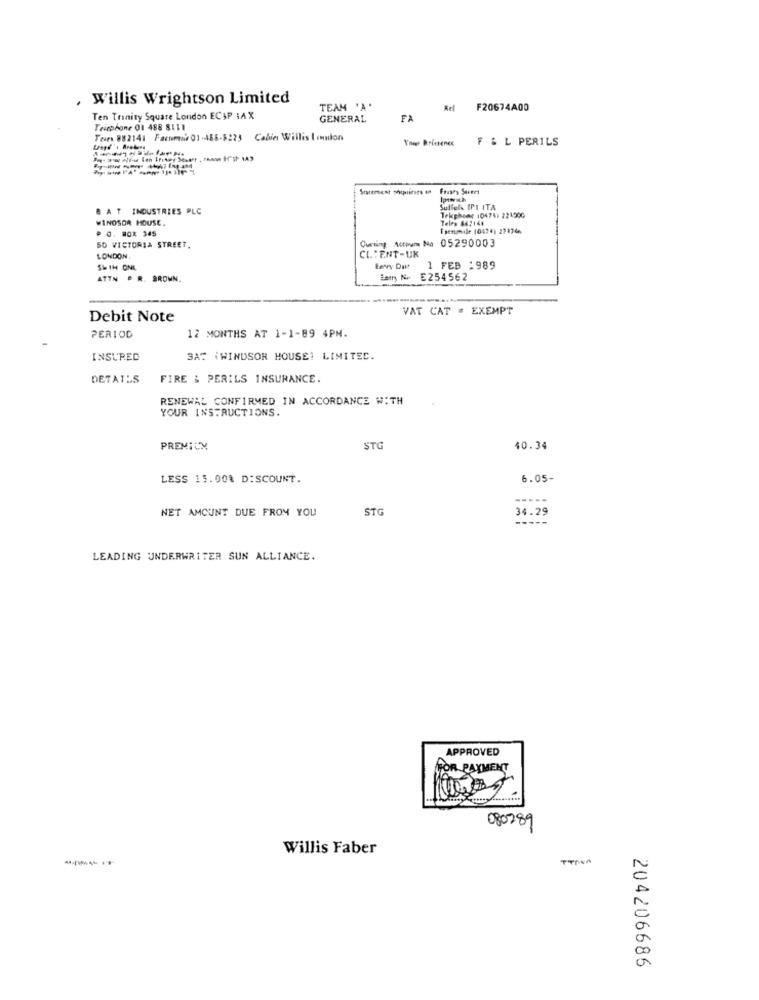
Willis Wrightson Limited
TEAM 'A'
Rel
F20674A00
Ten Trinity Square London ECSP :A X
GENERAL
FA
Triephone 01 488 8111
Tesex 882141 Facmis 01-488-5223 Cabin Willis Iennion
Yough Drietenex
F & L PERILS
Frases Seenes
B AT INDUSTRIES PLC
Sudfel IPI ITA
WINDSOR HOUSE,
Teles 842148
Tekphone 10474: 221900
. J. 80X 345
Esenmile (0474) 22 1746
Cumming Action No 05290003
50 VICTORIA STREET.
LONDON,
CL: ENT-UK
SHIH ONE
1 FEB :989
ATTN . R. BROWN.
Som No E254562
VAT CAT - EXEMPT
Debit Note
PERIOD
12 MONTHS AT 1-1-89 4PM.
INSURED
3A% (WINDSOR HOUSE: LIMITEC.
DETATUS
FIRE & PERILS INSURANCE.
RENEWAL CONFIRMED IN ACCORDANCE WITH
YOUR INSTRUCTIONS.
PREMIUM
STG
40.34
LESS 13.00% DISCOUNT.
6.05-
--...
NET AMOUNT DUE FROM YOU
STG
34.29
LEADING UNDERWRITER SUN ALLIANCE.
APPROVED
FOR PAYMENT
080289
Willis Faber
TTIVA
204206686